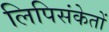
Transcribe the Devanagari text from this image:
लिपिसंकेतों